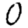
Digit: 0